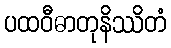
ပထဝီဓာတုနိဿိတံ